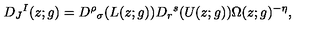
D _ { J } { } ^ { I } ( z ; g ) = D ^ { \rho } { } _ { \sigma } ( L ( z ; g ) ) D _ { r } { } ^ { s } ( U ( z ; g ) ) \Omega ( z ; g ) ^ { - \eta } ,